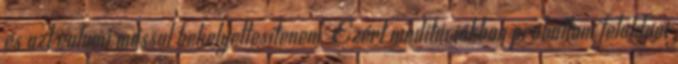
és azt valami mással behelyettesítenem. Ezért meditációkban próbáltam feloldani